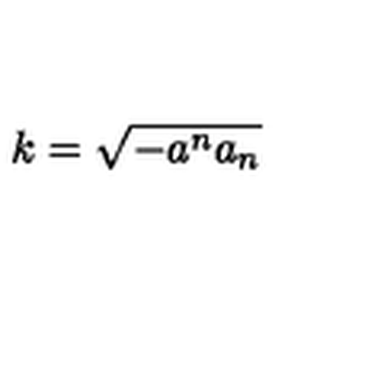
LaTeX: k = \sqrt { - a ^ { n } a _ { n } }